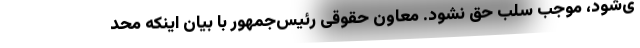
ی‌شود، موجب سلب حق نشود. معاون حقوقی رئیس‌جمهور با بیان اینکه محد